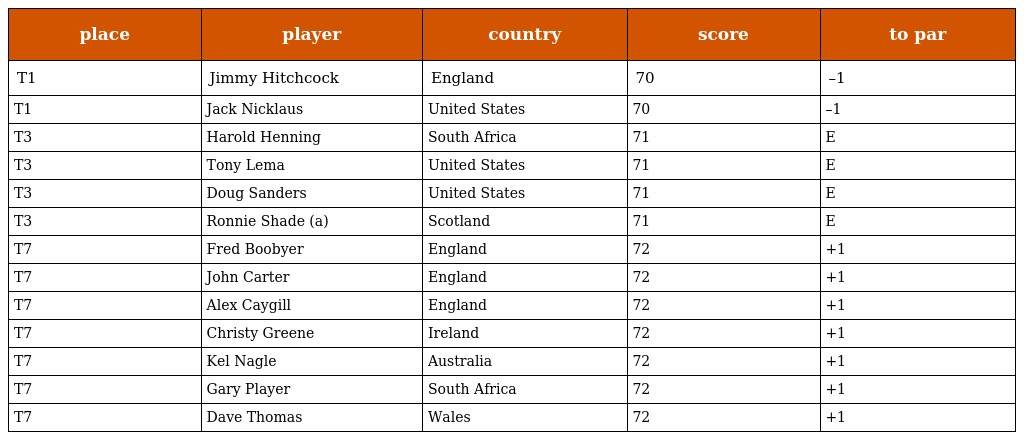
| place | player | country | score | to par |
 | --- | --- | --- | --- | --- |
 | T1 | Jimmy Hitchcock | England | 70 | –1 |
 | T1 | Jack Nicklaus | United States | 70 | –1 |
 | T3 | Harold Henning | South Africa | 71 | E |
 | T3 | Tony Lema | United States | 71 | E |
 | T3 | Doug Sanders | United States | 71 | E |
 | T3 | Ronnie Shade (a) | Scotland | 71 | E |
 | T7 | Fred Boobyer | England | 72 | +1 |
 | T7 | John Carter | England | 72 | +1 |
 | T7 | Alex Caygill | England | 72 | +1 |
 | T7 | Christy Greene | Ireland | 72 | +1 |
 | T7 | Kel Nagle | Australia | 72 | +1 |
 | T7 | Gary Player | South Africa | 72 | +1 |
 | T7 | Dave Thomas | Wales | 72 | +1 |